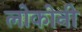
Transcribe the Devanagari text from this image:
लोकोनी